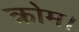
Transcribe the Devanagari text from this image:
क्रोम।